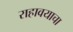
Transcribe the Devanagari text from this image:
राहावयाचा